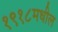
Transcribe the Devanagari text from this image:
१९१८मधील